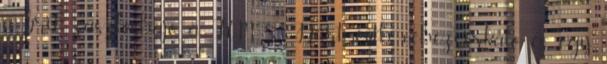
a brit zászlóshajó a H.M.S. Dartmouth nehézcirkáló és egy